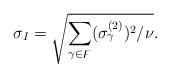
LaTeX: \begin{align*}\sigma_I = \sqrt{\sum_{\gamma \in \digamma} (\sigma^{(2)}_\gamma)^2/\nu}.\end{align*}